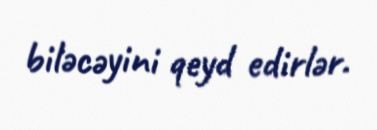
biləcəyini qeyd edirlər.